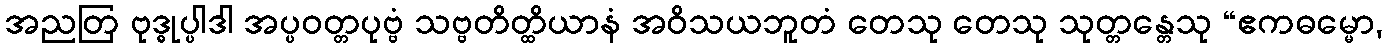
အညတြ ဗုဒ္ဓုပ္ပါဒါ အပ္ပဝတ္တပုဗ္ဗံ သဗ္ဗတိတ္ထိယာနံ အဝိသယဘူတံ တေသု တေသု သုတ္တန္တေသု “ဧကဓမ္မော,